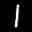
Label: 1